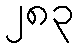
၂၈၃